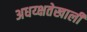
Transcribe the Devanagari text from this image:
अधय्क्षतेखाली